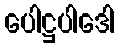
ပေါဋ္ဌပါဒေါ